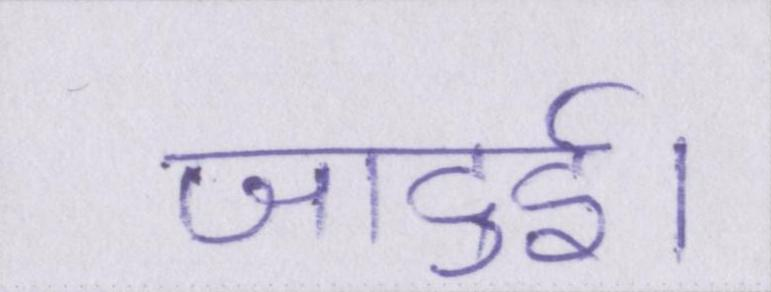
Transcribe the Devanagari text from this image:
जादुई।